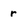
Character: r